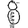
Digit: 8